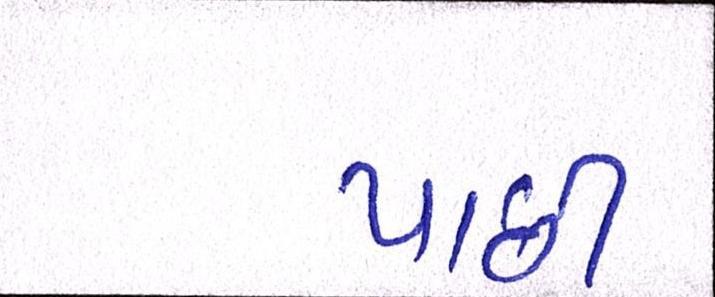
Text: પાછી